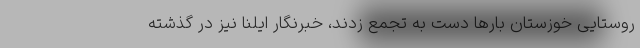
روستایی خوزستان بارها دست به تجمع زدند، خبرنگار ایلنا نیز در گذشته